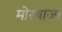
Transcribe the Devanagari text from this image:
मोरबाजा